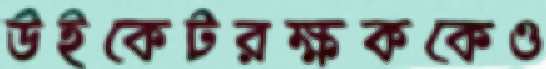
উইকেটরক্ষককেও